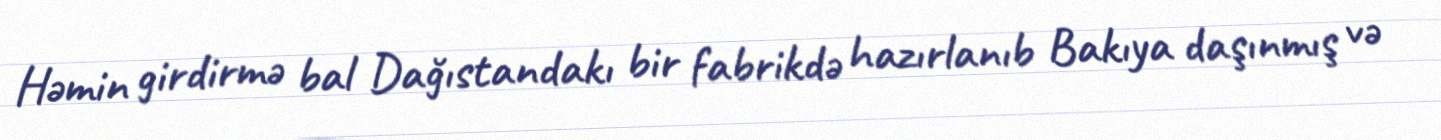
Həmin girdirmə bal Dağıstandakı bir fabrikdə hazırlanıb Bakıya daşınmış və